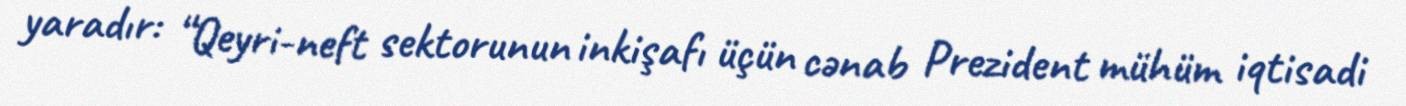
yaradır: “Qeyri-neft sektorunun inkişafı üçün cənab Prezident mühüm iqtisadi